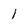
Character: l